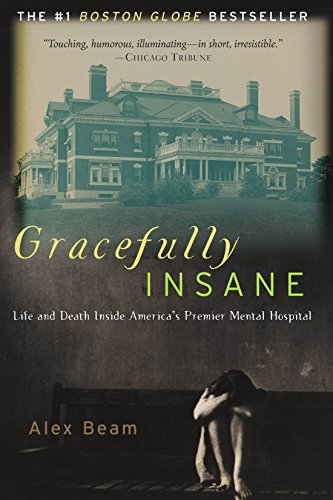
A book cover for Gracefully Insane: Life and Death Inside America's Premier Mental Hospital; Alex Beam; Health, Fitness & Dieting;